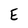
Character: E